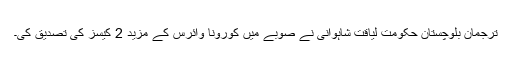
ترجمان بلوچستان حکومت لیاقت شاہوانی نے صوبے میں کورونا وائرس کے مزید 2 کیسز کی تصدیق کی۔